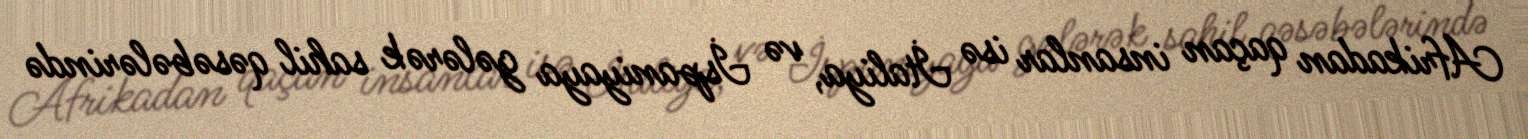
Afrikadan qaçan insanlar isə İtaliya, və İspaniyaya gələrək sahil qəsəbələrində